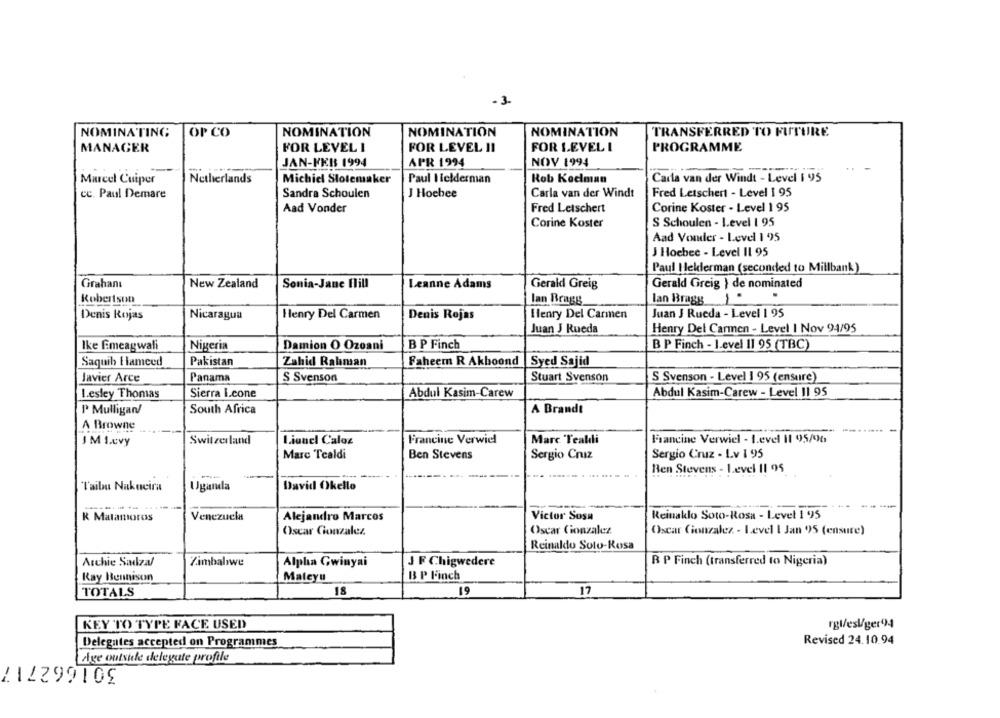
-3-
NOMINATING
OP CO
NOMINATION
NOMINATION
NOMINATION
TRANSFERRED TO FUTURE
MANAGER
FOR LEVEL I
FOR LEVEL 11
FOR LEVEL I
PROGRAMME
JAN-FEB 1994
APR 1994
NOV 1994
Marcel Cuiper
Netherlands
Michiel Slotemaker
Paul I leiderman
Rob Koelman
Cada van der Windt - Level 1 95
J Hochee
Carla van der Windt
Fred Letschert - Level 1 95
cc. Paul Demare
Sandra Schoulen
Aad Vonder
Fred Letschert
Corine Koster - Level 1 95
S Schoulen - Level 1 95
Corine Koster
Aad Vonder - Level 1 95
J Hoebee - Level 11 95
Paul Helderman (seconded to Millbank)
Grahanı
New Zealand
Sonia-Jane Hill
Leanne Adams
Gerald Greig
Gerald Greig } de nominated
Robertson
lan Bragg
lan Bragg
Nicaragua
Henry Del Carmen
Denis Rojas
Henry Del Carmen
Juan J Rueda - Level 1 95
Denis Rojas
Juan J Rueda
Henry Del Carmen - Level I Nov 94/95
Nigeria
B P Finch
B P Finch - Level 11 95 (TBC)
Ike fimeagwali
Damion O Ozoani
Saquih Hameed
Pakistan
Zahid Rahman
Faheem R Akboond
Syed Sajid
Javier Arce
Panama
S Svenson
Stuart Svenson
S Svenson - Level 1 95 (ensure)
Lesley Thomas
Sierra Leone
Abdul Kasim-Carew
Abdul Kasim-Carew - Level 11 95
South Africa
A Brandt
P Mulligan/
A Browne
J M I.cvy
Switzerland
Lionel Caloz
Francine Verwiel
Marc Tealdli
Francine Verwiel - Level 11 95/96
Marc Tealdi
Ben Stevens
Sergio Cruz
Sergio Cruz - Lv 1 95
Ren Stevens - Level I1 95
Taibu Nakucira
Uganda
David Okello
R Matamoros
Venezuela
Victor Sosa
Reinaklo Soto-Rosa - Level 1 995
Alejandro Marcos
Oscar Gonzalez
Oscar Gonzalez
Oscar Gonzalez - Level I Jan 95 (ensure)
Reinaldo Solo-Rosa
Archie Sadzal
Zimbabwe
Alpha Gwinyai
J F Chigwedere
B P Finch (transferred to Nigeria)
Ray Bennison
Maleyu
B P Finch
TOTALS
18
19
17
rgl/esl/ger94
KEY TO TYPE FACE USED
Delegates accepted on Programmes
Revised 24.10.94
Age outside delegate profile
301662717